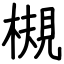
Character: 槻